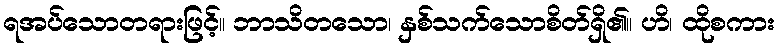
ရအပ်သောတရားဖြင့်။ ဘာသိတသော၊ နှစ်သက်သောစိတ်ရှိ၏။ ဟိ၊ ထိုစကား